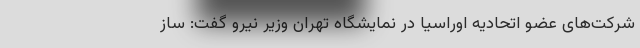
شرکت‌های عضو اتحادیه اوراسیا در نمایشگاه تهران وزیر نیرو گفت: ساز